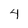
Character: 4